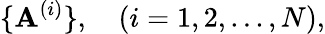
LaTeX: \{ \mathbf{A}^{(i)}\} ,\quad(i=1,2,...,N),